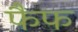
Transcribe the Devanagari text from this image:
फैफ